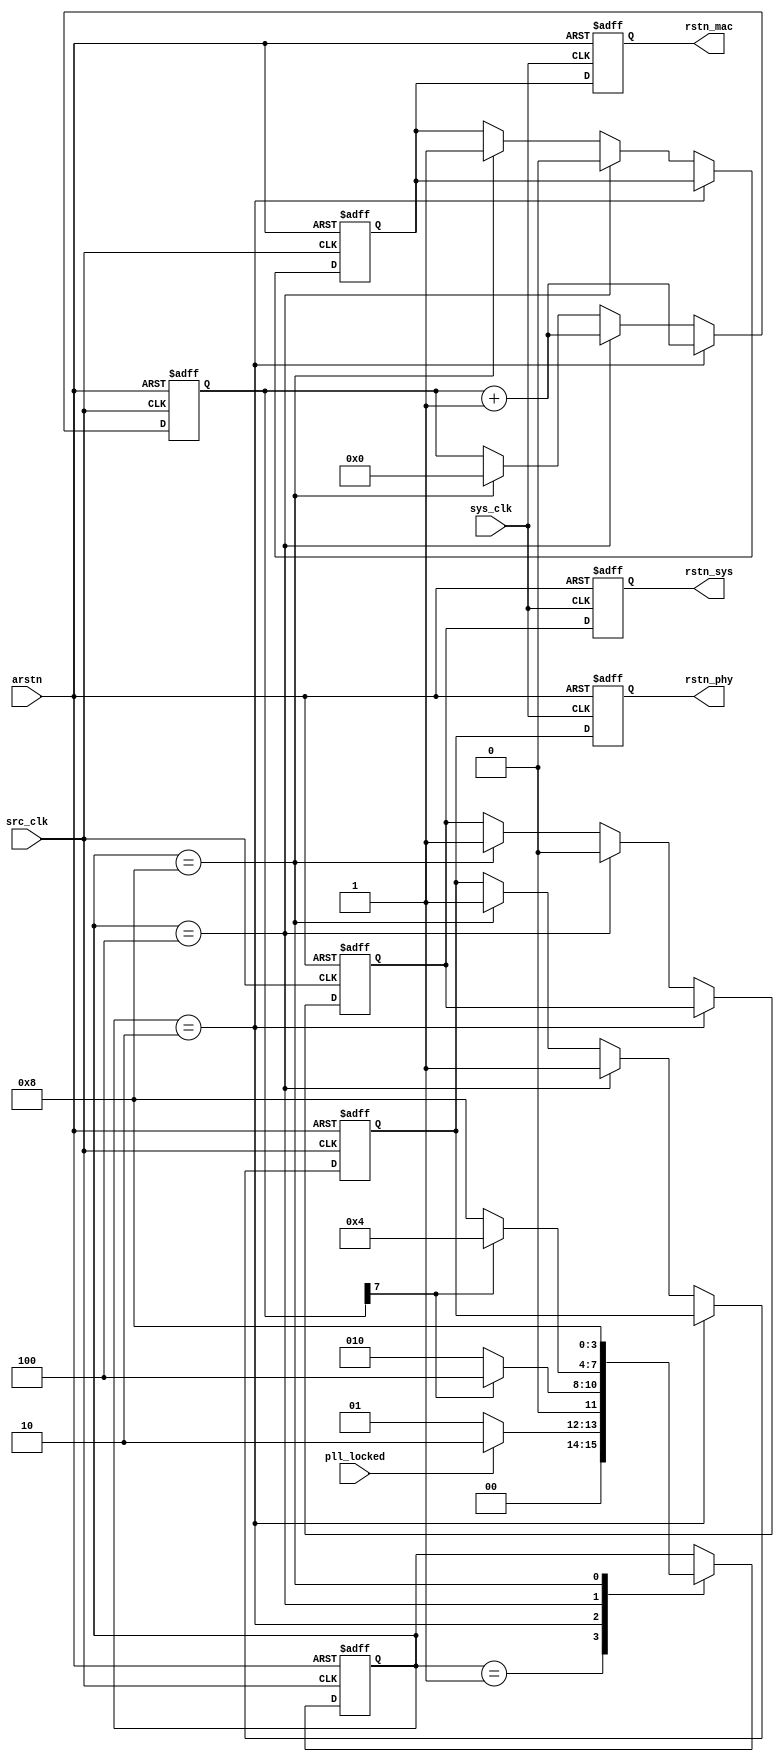
`timescale 1ns / 1ps
//////////////////////////////////////////////////////////////////////////////////
// Company: 
// 
// Design Name: Sync reset controller
// Module Name: rst_ctrl
// Project Name: 
// Target Devices: 
// Tool Versions: 
// Description: 
// Generate reset signal to properly initialize different modules
// Dependencies: 
// 
// Revision:
// Revision 0.01 - File Created
// Additional Comments:
// 
//////////////////////////////////////////////////////////////////////////////////

module rst_ctrl(
    input       src_clk,
    input       sys_clk,
    input       arstn,

    input       pll_locked,

    // output      rstn_pll,
    output reg  rstn_sys,
    output reg  rstn_mac,
    output reg  rstn_phy
);

    localparam  RST_STATE_INIT = 1; // initial state, wait for PLL locked
    localparam  RST_STATE_WAIT = 2; // wait state
    localparam  RST_STATE_RSET = 4; // reset state, generate enough cycles for FIFOs to reset
    localparam  RST_STATE_IDLE = 8; // idle state, park here

    reg     [ 3:0]  rst_state, rst_state_next;
    reg             rst_sys_src, rst_mac_src, rst_phy_src;
    // reg     [ 3:0]  rst_pll_src;
    reg     [ 7:0]  rst_counter;

    // tri-seg state machine
    always @(*) begin
        case(rst_state)
            RST_STATE_INIT:
                rst_state_next = pll_locked ? RST_STATE_WAIT : RST_STATE_INIT;
            RST_STATE_WAIT:
                rst_state_next = (rst_counter[7]) ? RST_STATE_RSET : RST_STATE_WAIT;
            RST_STATE_RSET:
                rst_state_next = (!rst_counter[7]) ? RST_STATE_IDLE : RST_STATE_RSET;
            RST_STATE_IDLE:
                rst_state_next = RST_STATE_IDLE;
            default:
                rst_state_next = rst_state; 
        endcase
    end

    always @(posedge src_clk or negedge arstn) begin
        if (!arstn) begin
            rst_state       <=  RST_STATE_INIT;
        end
        else begin
            rst_state       <=  rst_state_next;
        end
    end

    always @(posedge src_clk or negedge arstn) begin
        if (!arstn) begin
            rst_counter     <=  'b0;
            // rst_pll_src     <=  'b0;
            rst_sys_src     <=  'b1;
            rst_mac_src     <=  'b1;
            rst_phy_src     <=  'b0;
        end
        else begin
            // rst_pll_src     <=  {rst_pll_src[2:0], 1'b1};
            if (rst_state == RST_STATE_WAIT) begin
                rst_counter     <=  rst_counter + 1'b1;
            end
            else if (rst_state == RST_STATE_RSET) begin
                rst_counter     <=  rst_counter + 1'b1;
                rst_sys_src     <=  'b0;
                rst_mac_src     <=  'b0;
                rst_phy_src     <=  'b1;
                // rst_sys_src     <=  'b1;
                // if (rst_counter[6]) begin
                //     rst_switch_src  <=  'b1;
                // end
            end
            else if (rst_state == RST_STATE_IDLE) begin
                rst_counter     <=  'b0;
                rst_sys_src     <=  'b1;
                rst_mac_src     <=  'b1;
                rst_phy_src     <=  'b1;
            end
        end
    end

    // assign  rstn_pll    =   rst_pll_src[3];

    // async reset, sync release
    always @(posedge sys_clk or negedge arstn) begin
        if (!arstn) begin
            rstn_sys    <=  'b1;
            rstn_mac    <=  'b1;
            rstn_phy    <=  'b0;
        end
        else begin
            rstn_sys    <=  rst_sys_src;
            rstn_mac    <=  rst_mac_src;
            rstn_phy    <=  rst_phy_src;
        end
    end

endmodule